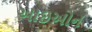
આઇઓન